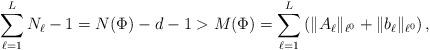
LaTeX: \begin{align*} \sum_{\ell=1}^L N_\ell - 1 = N(\Phi) - d - 1 > M(\Phi) = \sum_{\ell=1}^L \left( \|A_\ell\|_{\ell^0} + \|b_\ell\|_{\ell^0} \right), \end{align*}